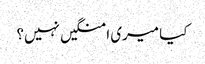
کیا میری امنگیں نہیں؟